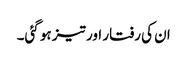
ان کی رفتار اور تیز ہو گئی۔